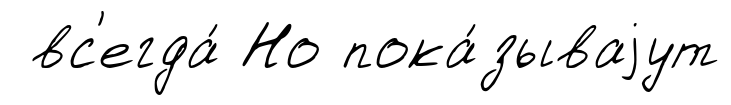
вс'егда́ Но пока́зываjут